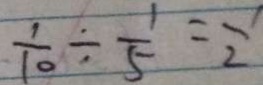
\frac { 1 } { 1 0 } \div \frac { 1 } { 5 } = \frac { 1 } { 2 }